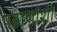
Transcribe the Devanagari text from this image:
पठाणांशी